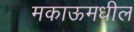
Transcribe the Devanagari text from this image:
मकाऊमधील